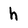
Character: h